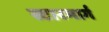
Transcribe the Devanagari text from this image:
स्टारमार्ग